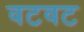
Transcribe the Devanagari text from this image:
वटवट